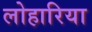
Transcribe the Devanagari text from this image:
लोहारिया